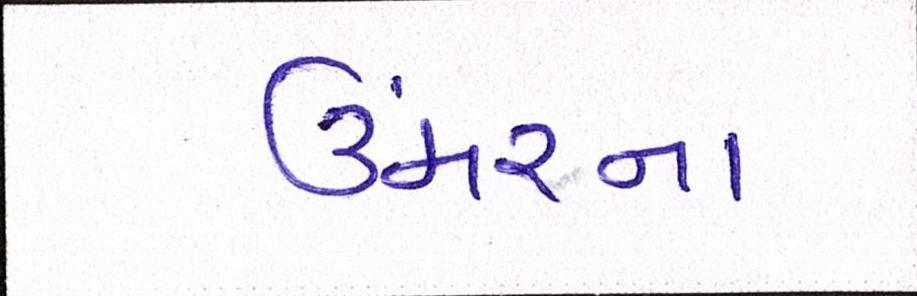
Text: ઉંમરના